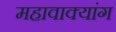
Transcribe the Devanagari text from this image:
महावाक्यांग